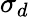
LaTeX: \sigma_{d}